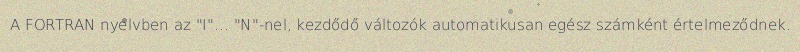
A FORTRAN nyelvben az "I"… "N"-nel, kezdődő változók automatikusan egész számként értelmeződnek.